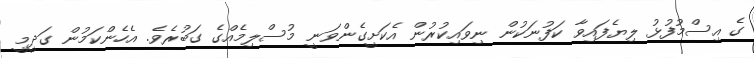
ގެ އިސްމުފުޅު ލިޔެފައިވާ ކަފުނަކުން ނިވައިކުރުން އެކަށީގެންވަނީ މުސްލިމެއްގެ ގަބުރެވެ. އެހެންކަމުން ގަދީމީ